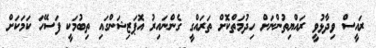
ރައީސް ވިދާޅުވީ ރައްޔިތުންނަށް ހިދުމަތްކޮށް ތަރައްގީ ގެންނައިރު އޮޕަޒިޝަންގައި ތިބުމަކީ ފަސޭހަ ކަމަކަށް